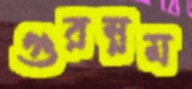
গুরম্নম